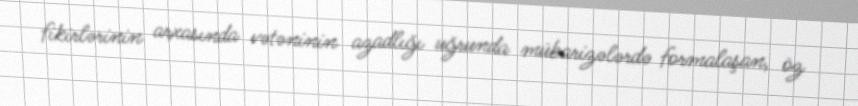
fikirlərinin arxasında vətəninin azadlığı uğrunda mübarizələrdə formalaşan, öz